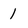
Character: 1